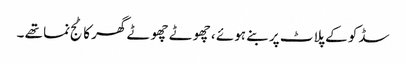
سڈکو کے پلاٹ پر بنے ہوئے ، چھوٹے چھوٹے گھر کاٹج نما تھے ۔